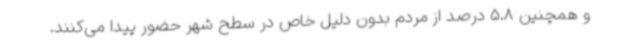
و همچنین 5.8 درصد از مردم بدون دلیل خاص در سطح شهر حضور پیدا می‌کنند.